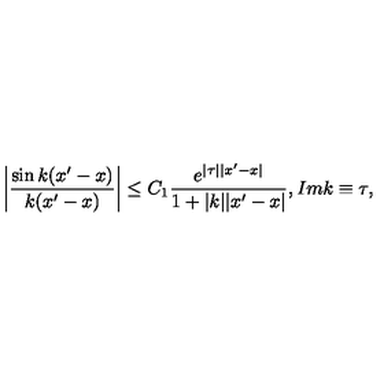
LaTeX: \left| \frac { \sin k ( x ^ { \prime } - x ) } { k ( x ^ { \prime } - x ) } \right| \leq C _ { 1 } \frac { e ^ { | \tau | | x ^ { \prime } - x | } } { 1 + | k | | x ^ { \prime } - x | } , I m k \equiv \tau ,